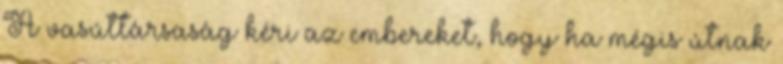
A vasúttársaság kéri az embereket, hogy ha mégis útnak